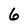
Character: 6